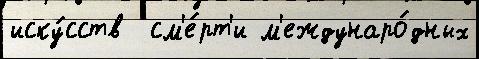
иску́сств  см'е́рт'и м'еждунаро́дных